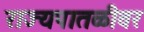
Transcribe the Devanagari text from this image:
राज्यपातळीवर